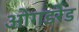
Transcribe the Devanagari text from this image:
ओगडरेड